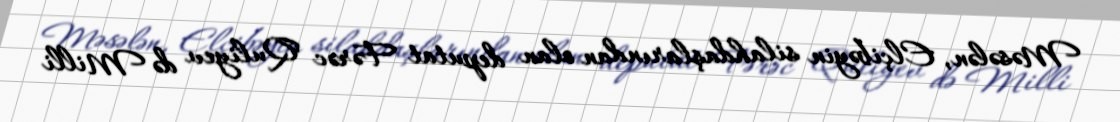
Məsələn, Elçibəyin silahdaşlarından olan deputat Fərəc Quliyev də Milli